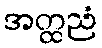
အတ္ထညံ